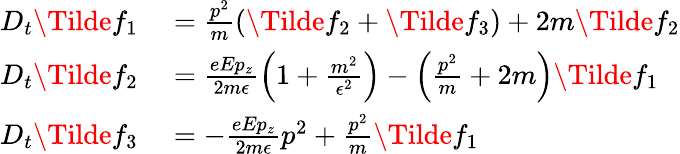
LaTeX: \begin{array}{rl}{D_{t}\Tilde{f}_{1}}&{{}=\frac{p^{2}}{m}(\Tilde{f}_{2}+\Tilde{f}_{3})+2m\Tilde{f}_{2}}\\ {D_{t}\Tilde{f}_{2}}&{{}=\frac{eEp_{z}}{2m\epsilon}\Big(1+\frac{m^{2}}{\epsilon^{2}}\Big)-\Big(\frac{p^{2}}{m}+2m\Big)\Tilde{f}_{1}}\\ {D_{t}\Tilde{f}_{3}}&{{}=-\frac{eEp_{z}}{2m\epsilon}p^{2}+\frac{p^{2}}{m}\Tilde{f}_{1}}\end{array}